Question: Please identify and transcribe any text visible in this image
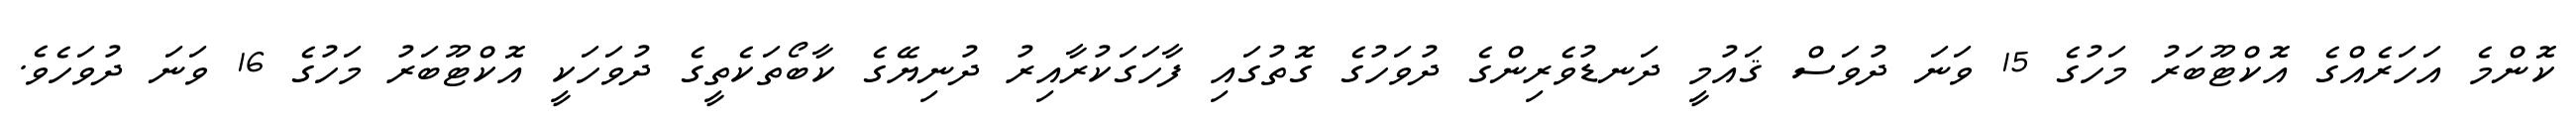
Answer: ކޮންމެ އަހަރެއްގެ އޮކްޓޫބަރު މަހުގެ 15 ވަނަ ދުވަސް ޤައުމީ ދަނޑުވެރިންގެ ދުވަހުގެ ގޮތުގައި ފާހަގަކުރާއިރު ދުނިޔޭގެ ކާބޯތަކެތީގެ ދުވަހަކީ އޮކްޓޫބަރު މަހުގެ 16 ވަނަ ދުވަހެވެ.